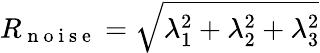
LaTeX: R_{\mathrm{~n~o~i~s~e~}}=\sqrt{\lambda_{1}^{2}+\lambda_{2}^{2}+\lambda_{3}^{2}}